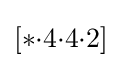
[*{\cdot }4{\cdot }4{\cdot }2]